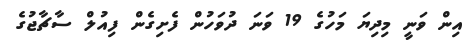
އިން ވަނީ މިދިޔަ މަހުގެ 19 ވަނަ ދުވަހުން ފެށިގެން ފިއުލް ސާޗާޖުގެ